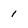
Character: 1